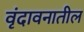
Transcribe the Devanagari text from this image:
वृंदावनातील